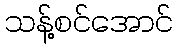
သန့်စင်အောင်